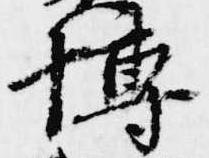
博